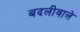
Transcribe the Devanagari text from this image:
बदलीवाले